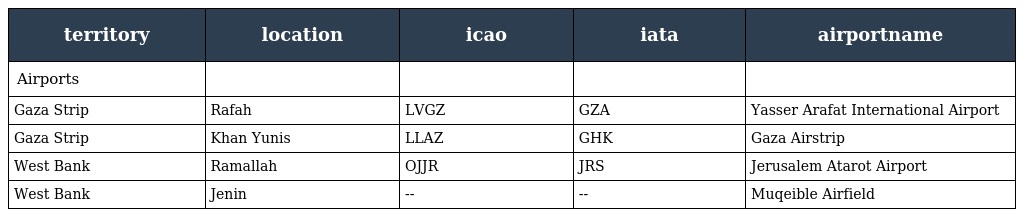
| territory | location | icao | iata | airportname |
 | --- | --- | --- | --- | --- |
 | Airports |  |  |  |  |
 | Gaza Strip | Rafah | LVGZ | GZA | Yasser Arafat International Airport |
 | Gaza Strip | Khan Yunis | LLAZ | GHK | Gaza Airstrip |
 | West Bank | Ramallah | OJJR | JRS | Jerusalem Atarot Airport |
 | West Bank | Jenin | -- | -- | Muqeible Airfield |